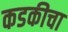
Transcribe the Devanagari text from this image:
कडकीचा